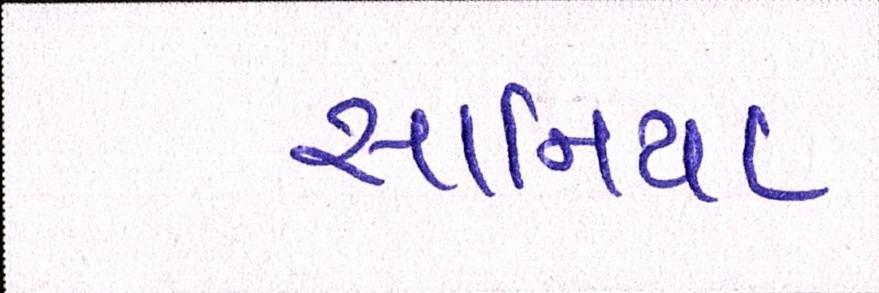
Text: સાનિયા